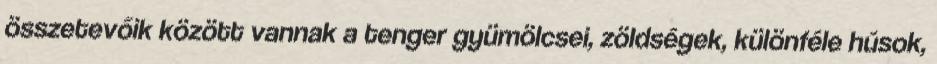
összetevőik között vannak a tenger gyümölcsei, zöldségek, különféle húsok,